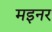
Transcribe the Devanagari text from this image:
मइनर